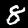
Label: 8